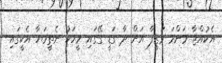
އެކުއްޖާ މަންމަ ވަޒީފާ އަށް ދާ ގަޑީ ގޭގައި މީހަކު ނެތީމަޔާ އެކީގައި